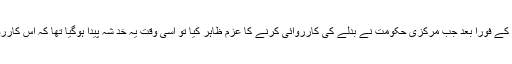
14فروری کو پلوامہ حملہ کے فوراً بعد جب مرکزی حکومت نے بدلے کی کارروائی کرنے کا عزم ظاہر کیا تو اُسی وقت یہ خد شہ پیدا ہوگیا تھا کہ اس کارروائی کا مرکز کشمیر ہوگا۔